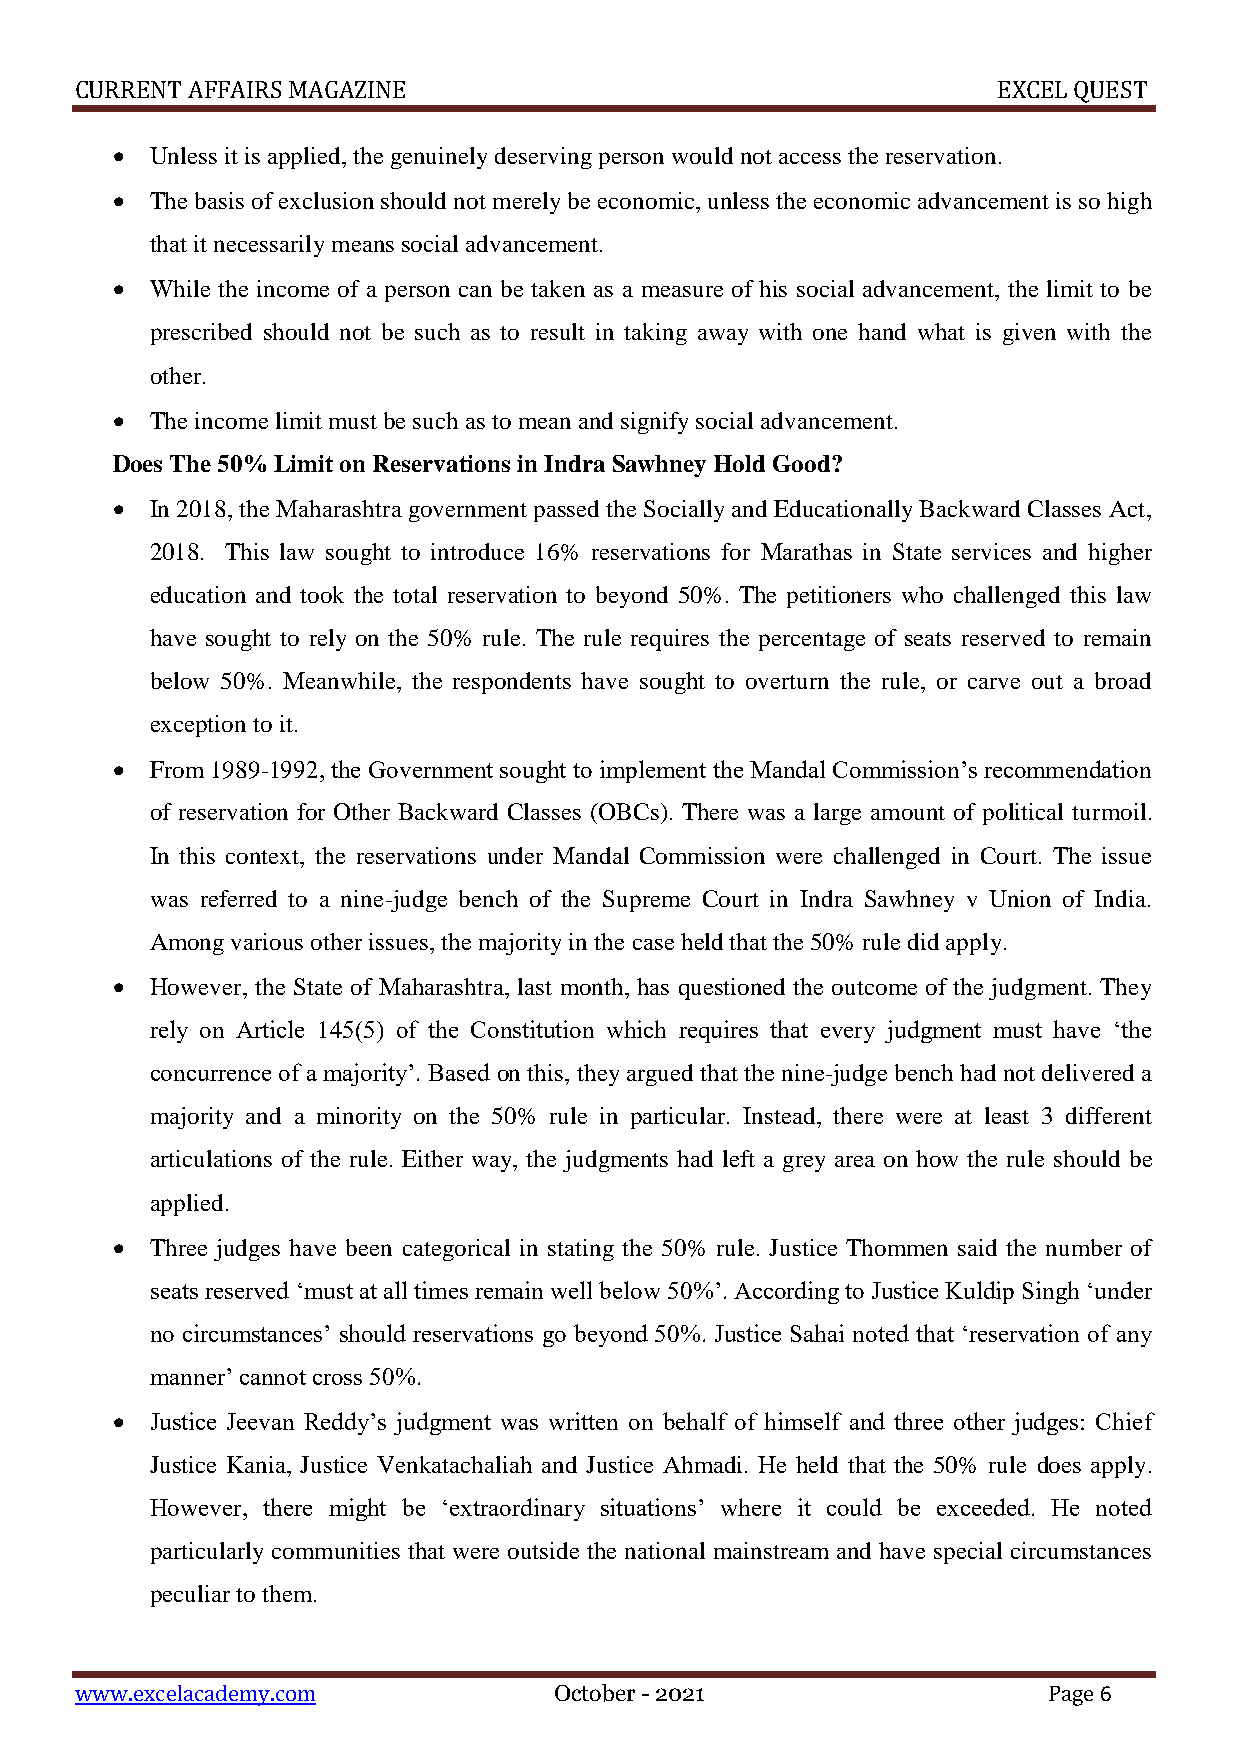
CURRENT AFFAIRS MAGAZINE                                     EXCEL QUEST
   Unless it is applied, the genuinely deserving person would not access the reservation.
   The basis of exclusion should not merely be economic, unless the economic advancement is so high
 that it necessarily means social advancement.
   While the income of a person can be taken as a measure of his social advancement, the limit to be
 prescribed should not be such as to result in taking away with one hand what is given with the
 other.
   The income limit must be such as to mean and signify social advancement.
 Does The 50% Limit on Reservations in Indra Sawhney Hold Good?
   In 2018, the Maharashtra government passed the Socially and Educationally Backward Classes Act,
 2018. This law sought to introduce 16% reservations for Marathas in State services and higher
 education and took the total reservation to beyond 50%. The petitioners who challenged this law
 have sought to rely on the 50% rule. The rule requires the percentage of seats reserved to remain
 below 50%. Meanwhile, the respondents have sought to overturn the rule, or carve out a broad
 exception to it.
   From 1989-1992, the Government sought to implement the Mandal Commission’s recommendation
 of reservation for Other Backward Classes (OBCs). There was a large amount of political turmoil.
 In this context, the reservations under Mandal Commission were challenged in Court. The issue
 was referred to a nine-judge bench of the Supreme Court in Indra Sawhney v Union of India.
 Among various other issues, the majority in the case held that the 50% rule did apply.
   However, the State of Maharashtra, last month, has questioned the outcome of the judgment. They
 rely on Article 145(5) of the Constitution which requires that every judgment must have ‘the
 concurrence of a majority’. Based on this, they argued that the nine-judge bench had not delivered a
 majority and a minority on the 50% rule in particular. Instead, there were at least 3 different
 articulations of the rule. Either way, the judgments had left a grey area on how the rule should be
 applied.
   Three judges have been categorical in stating the 50% rule. Justice Thommen said the number of
 seats reserved ‘must at all times remain well below 50%’. According to Justice Kuldip Singh ‘under
 no circumstances’ should reservations go beyond 50%. Justice Sahai noted that ‘reservation of any
 manner’ cannot cross 50%.
   Justice Jeevan Reddy’s judgment was written on behalf of himself and three other judges: Chief
 Justice Kania, Justice Venkatachaliah and Justice Ahmadi. He held that the 50% rule does apply.
 However, there might be ‘extraordinary situations’ where it could be exceeded. He noted
 particularly communities that were outside the national mainstream and have special circumstances
 peculiar to them.
 www.excelacademy.com            October - 2021                  Page 6